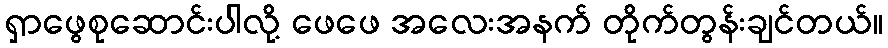
ရှာဖွေစုဆောင်းပါလို့ ဖေဖေ အလေးအနက် တိုက်တွန်းချင်တယ်။